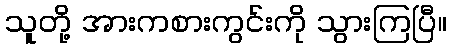
သူတို့ အားကစားကွင်းကို သွားကြပြီ။